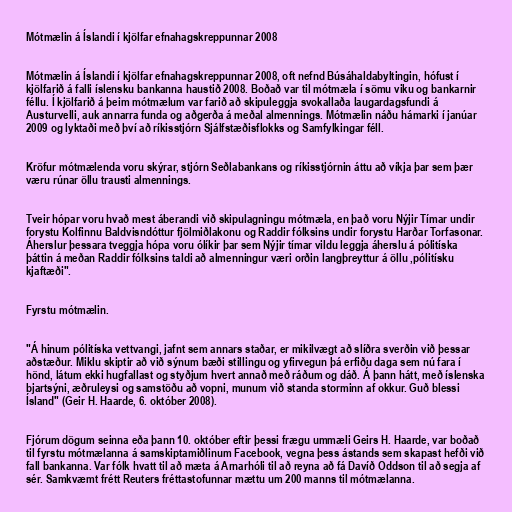
Mótmælin á Íslandi í kjölfar efnahagskreppunnar 2008

Mótmælin á Íslandi í kjölfar efnahagskreppunnar 2008, oft nefnd Búsáhaldabyltingin, hófust í
kjölfarið á falli íslensku bankanna haustið 2008. Boðað var til mótmæla í sömu viku og bankarnir
féllu. Í kjölfarið á þeim mótmælum var farið að skipuleggja svokallaða laugardagsfundi á
Austurvelli, auk annarra funda og aðgerða á meðal almennings. Mótmælin náðu hámarki í janúar
2009 og lyktaði með því að ríkisstjórn Sjálfstæðisflokks og Samfylkingar féll.

Kröfur mótmælenda voru skýrar, stjórn Seðlabankans og ríkisstjórnin áttu að víkja þar sem þær
væru rúnar öllu trausti almennings.

Tveir hópar voru hvað mest áberandi við skipulagningu mótmæla, en það voru Nýjir Tímar undir
forystu Kolfinnu Baldvisndóttur fjölmiðlakonu og Raddir fólksins undir forystu Harðar Torfasonar.
Áherslur þessara tveggja hópa voru ólíkir þar sem Nýjir tímar vildu leggja áherslu á pólitíska
þáttin á meðan Raddir fólksins taldi að almenningur væri orðin langþreyttur á öllu ,pólitísku
kjaftæði".

Fyrstu mótmælin.

"Á hinum pólitíska vettvangi, jafnt sem annars staðar, er mikilvægt að slíðra sverðin við þessar
aðstæður. Miklu skiptir að við sýnum bæði stillingu og yfirvegun þá erfiðu daga sem nú fara í
hönd, látum ekki hugfallast og styðjum hvert annað með ráðum og dáð. Á þann hátt, með íslenska
bjartsýni, æðruleysi og samstöðu að vopni, munum við standa storminn af okkur. Guð blessi
Ísland" (Geir H. Haarde, 6. október 2008).

Fjórum dögum seinna eða þann 10. október eftir þessi frægu ummæli Geirs H. Haarde, var boðað
til fyrstu mótmælanna á samskiptamiðlinum Facebook, vegna þess ástands sem skapast hefði við
fall bankanna. Var fólk hvatt til að mæta á Arnarhóli til að reyna að fá Davíð Oddson til að segja af
sér. Samkvæmt frétt Reuters fréttastofunnar mættu um 200 manns til mótmælanna.